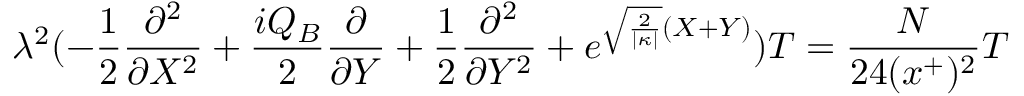
\lambda ^ { 2 } ( - \frac { 1 } { 2 } \frac { \partial ^ { 2 } } { \partial X ^ { 2 } } + \frac { i Q _ { B } } { 2 } \frac { \partial } { \partial Y } + \frac { 1 } { 2 } \frac { \partial ^ { 2 } } { \partial Y ^ { 2 } } + e ^ { \sqrt { \frac { 2 } { | \kappa | } } ( X + Y ) } ) { \cal T } = \frac { N } { 2 4 ( x ^ { + } ) ^ { 2 } } { \cal T }